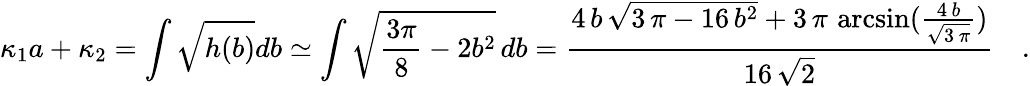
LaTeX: \kappa_{1}a+\kappa_{2}=\int\sqrt{h(b)}db\simeq\int\sqrt{\frac{3\pi}{8}-2b^{2}}\, db={\frac{4\, b\, {\sqrt{3\, \pi-16\, {b^{2}}}}+3\, \pi\, \arcsin({\frac{4\, b}{{\sqrt{3\, \pi}}}})}{16\, {\sqrt{2}}}}\quad.